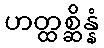
ဟတ္ထစ္ဆိန္နံ